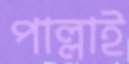
পাল্লাই